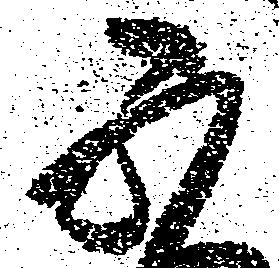
不